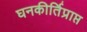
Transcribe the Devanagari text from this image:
घनकीर्तिप्राप्त